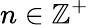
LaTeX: n\in\mathbb{Z}^{+}